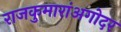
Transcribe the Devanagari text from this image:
राजकुमारांअगोदर